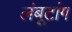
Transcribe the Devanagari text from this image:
लंबूटांग